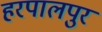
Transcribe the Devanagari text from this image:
हरपालपुर